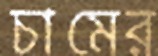
চামের